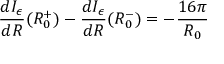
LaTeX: \frac { d I _ { \epsilon } } { d R } ( R _ { 0 } ^ { + } ) - \frac { d I _ { \epsilon } } { d R } ( R _ { 0 } ^ { - } ) = - \frac { 1 6 \pi } { R _ { 0 } }